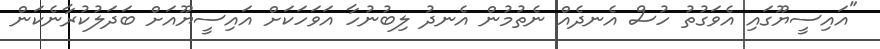
"އައިސީޔޫގައި އެވަގުތު ހުސް އެނދެއް ނެތުމުން އެނދު ލިބުނުހާ އަވަހަކަށް އައިސީޔޫއަށް ބަދަލުކުރާނެކަން